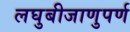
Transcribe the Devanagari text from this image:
लघुबीजाणुपर्ण